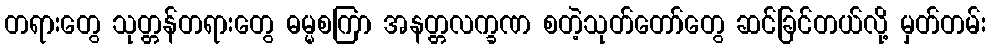
တရားတွေ သုတ္တန်တရားတွေ ဓမ္မစကြာ အနတ္တလက္ခဏ စတဲ့သုတ်တော်တွေ ဆင်ခြင်တယ်လို့ မှတ်တမ်း